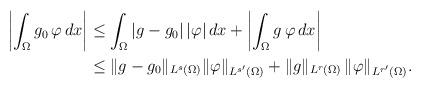
LaTeX: \begin{align*}\left|\int_\Omega g_0\,\varphi\,dx\right|&\le\int_\Omega|g-g_0|\,|\varphi|\,dx+\left|\int_\Omega g\,\varphi\,dx\right|\\&\le \|g-g_0\|_{L^s(\Omega)}\|\varphi\|_{L^{s'}(\Omega)}+\|g\|_{L^r(\Omega)}\,\|\varphi\|_{L^{r'}(\Omega)}.\end{align*}